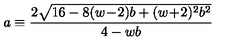
a \equiv \frac { 2 \sqrt { 1 6 - 8 ( w \! - \! 2 ) b + ( w \! + \! 2 ) ^ { 2 } b ^ { 2 } } } { 4 - w b }